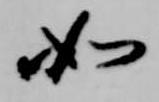
如